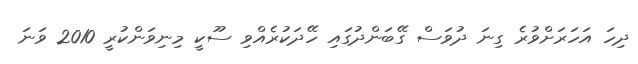
ދިހަ އަހަރަށްވުރެ ގިނަ ދުވަސް ގޭބަންދުގައި ހޭދަކުރެއްވި ސޫކީ މިނިވަންކުރީ 2010 ވަނަ